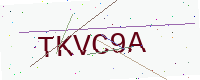
Text: TKVC9A